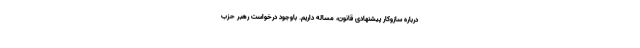
درباره سازوکار پیشنهادی قانون، مساله داریم. باوجود درخواست رهبر حزب